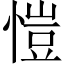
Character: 愷